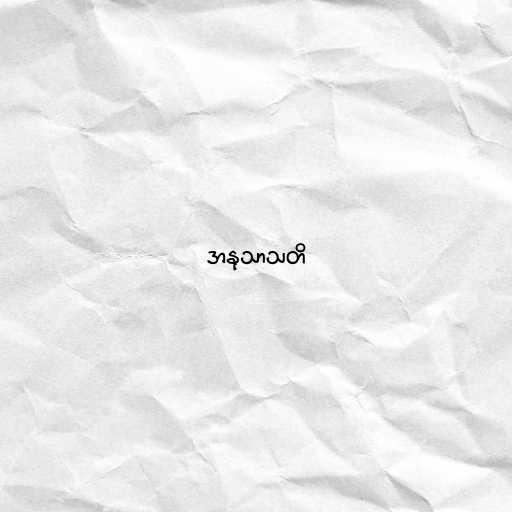
အနုသာသတိ